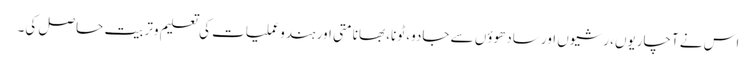
اس نے آچاریوں، رشیوں اور سادھوؤں سے جادو، ٹونا، بھانامتی اور ہندوعملیات کی تعلیم وتربیت حاصل کی۔